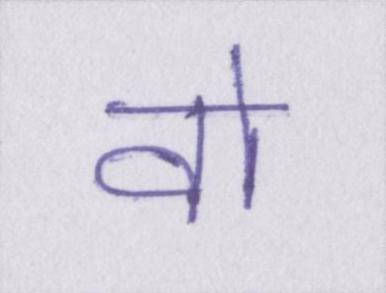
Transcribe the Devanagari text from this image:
वो